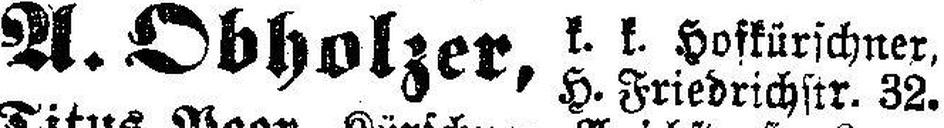
A. Obholzer,